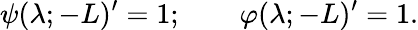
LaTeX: \psi(\lambda;-L)^{\prime}=1;\qquad\varphi(\lambda;-L)^{\prime}=1.